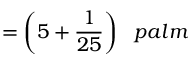
= { \bigg ( } 5 + { \frac { 1 } { 2 5 } } { \bigg ) } \; \; \; p a l m